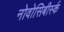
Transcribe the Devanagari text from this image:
नोवोसिबीर्स्क